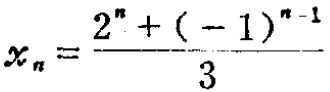
\[x_{n}=\frac{2^{n}+(-1)^{n - 1}}{3}\]